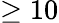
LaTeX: \geq 10